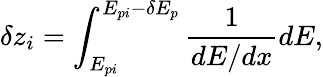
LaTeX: \delta z_{i}=\int_{E_{pi}}^{E_{pi}-\delta E_{p}}\frac{1}{dE/dx}dE,